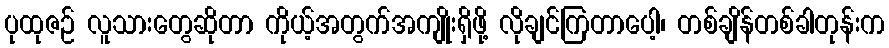
ပုထုဇဉ် လူသားတွေဆိုတာ ကိုယ့်အတွက်အကျိုးရှိဖို့ လိုချင်ကြတာပေါ့၊ တစ်ချိန်တစ်ခါတုန်းက